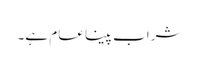
شراب پینا عام ہے۔